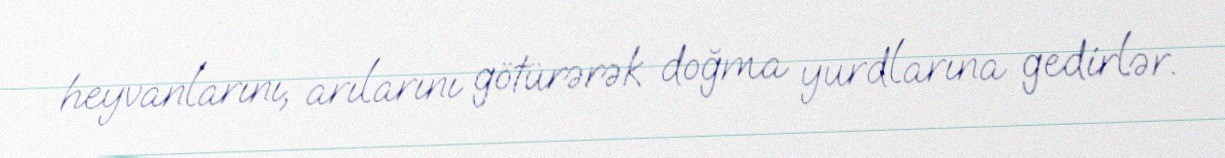
heyvanlarını, arılarını götürərək doğma yurdlarına gedirlər.